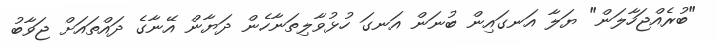
"ބުރެއްޖަހާލަން" ޔަލާ އަނގައިން ބުނަން އަނގަ ހުޅުވާލިތަނާހެން ދަޔާން އޭނާގެ ދައްތައަށް ޖަވާބު